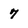
Character: 7